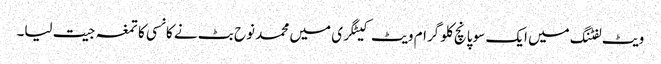
ویٹ لفٹنگ میں ایک سو پانچ کلو گرام ویٹ کیٹگری میں محمد نوح بٹ نے کانسی کا تمغہ جیت لیا۔